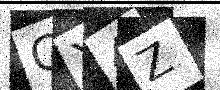
Text: CX4Z